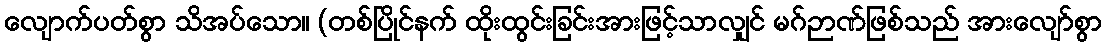
လျောက်ပတ်စွာ သိအပ်သော။ (တစ်ပြိုင်နက် ထိုးထွင်းခြင်းအားဖြင့်သာလျှင် မဂ်ဉာဏ်ဖြစ်သည် အားလျော်စွာ